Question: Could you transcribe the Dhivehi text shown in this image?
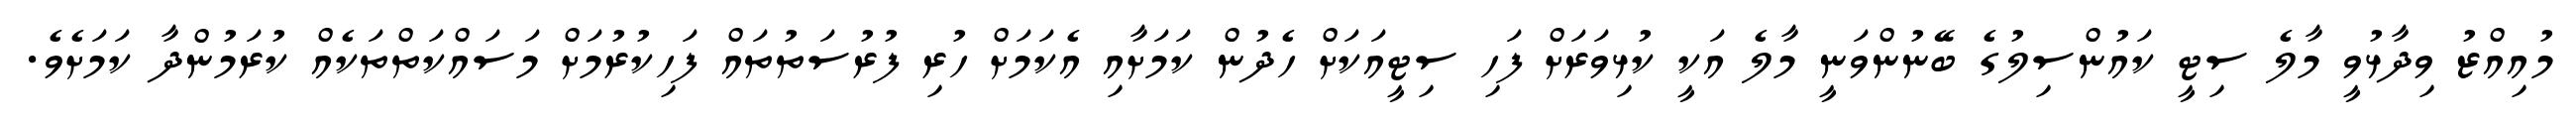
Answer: މުއިއްޒު ވިދާޅުވީ މާލެ ސިޓީ ކައުންސިލުގެ ބޭނުންވަނީ މާލެ އަކީ ކުޅިވަރަށް ފަހި ސިޓީއަކަށް ހެދުން ކަމަށާއި އެކަމަށް ހުރި ފުރުސަތުތައް ފަހިކުރުމަށް މަސައްކަތްތަކެއް ކުރަމުންދާ ކަމަށެވެ.